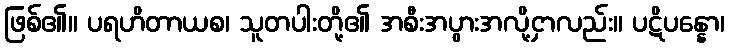
ဖြစ်၏။ ပရဟိတာယစ၊ သူတပါးတို့၏ အစီးအပွားအလို့ငှာလည်း။ ပဋိပန္နော၊